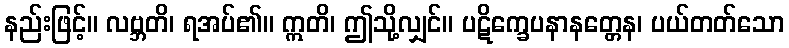
နည်းဖြင့်။ လဗ္ဘတိ၊ ရအပ်၏။ ဣတိ၊ ဤသို့လျှင်။ ပဋိက္ခေပနာနတ္တေန၊ ပယ်တတ်သော